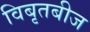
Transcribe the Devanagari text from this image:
विबृतबीज